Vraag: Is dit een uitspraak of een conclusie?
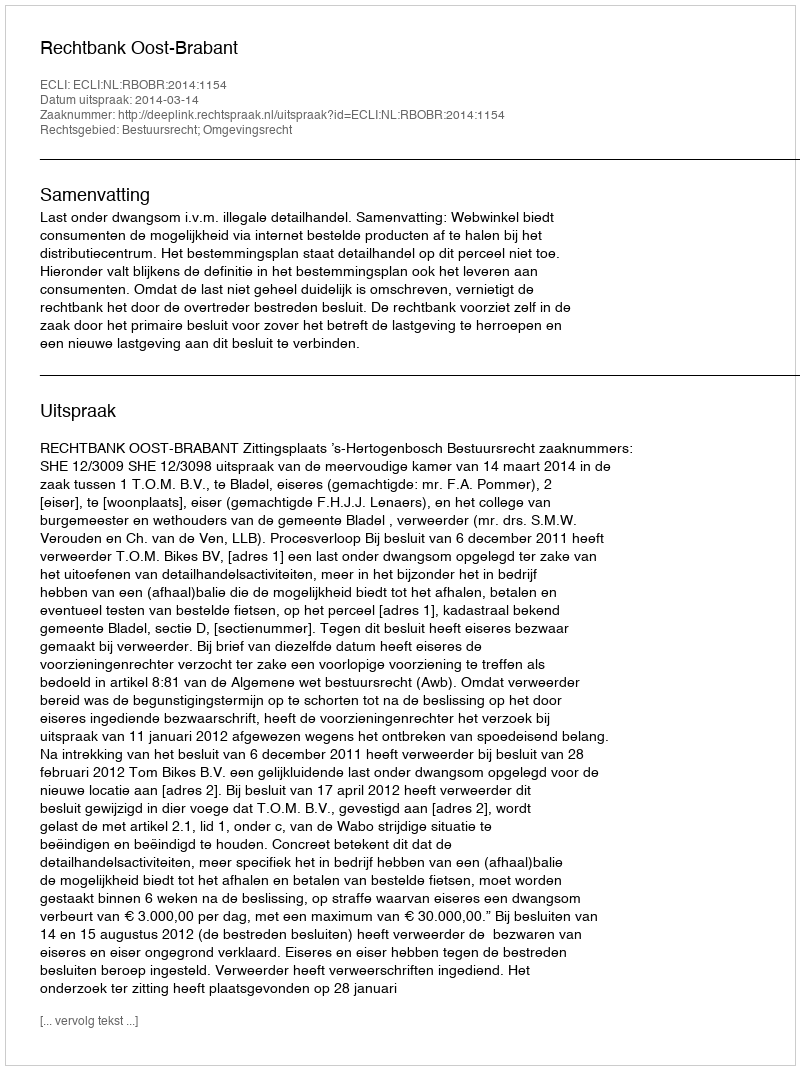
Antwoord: Uitspraak